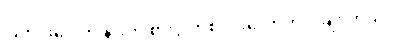
ပြတင်းပေါက် နားက စားပွဲ တစ်ဝိုင်းလောက်လိုချင်တယ်။